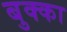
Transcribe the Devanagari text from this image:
बुक्‍का